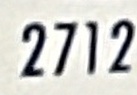
2712